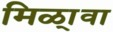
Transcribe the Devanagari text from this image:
मिळा्वा